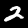
Digit: 2